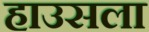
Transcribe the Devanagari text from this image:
हाउसला